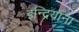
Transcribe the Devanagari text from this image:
इन्द्रियाना